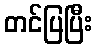
တင်ပြပြီး